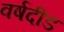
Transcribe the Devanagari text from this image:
वर्षदीड